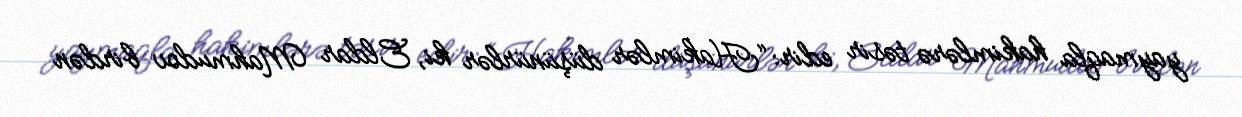
yaymaqla hakimlərə təsir edir: “Hakimlər düşünürlər ki, Eldar Mahmudov birdən